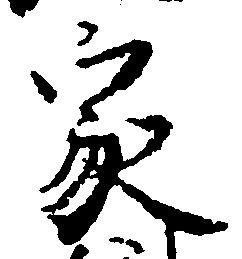
家